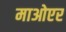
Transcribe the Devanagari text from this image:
माओएर